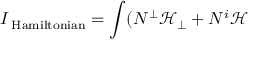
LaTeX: I _ { \mathrm { \tiny ~ H a m i l t o n i a n } } = \int ( N ^ { \bot } \mathcal { H } _ { \bot } + N ^ { i } \mathcal { H }